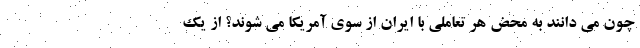
چون می دانند به محض هر تعاملی با ایران از سوی آمریکا می شوند؟ از یک